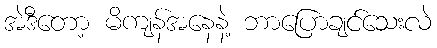
အဲဒီတော့ မိကျန်အနေနဲ့ ဘာပြောချင်သေးလဲ